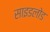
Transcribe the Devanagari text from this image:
साइडलोड